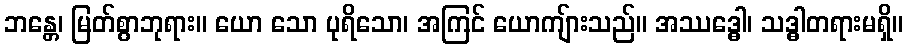
ဘန္တေ၊ မြတ်စွာဘုရား။ ယော သော ပုရိသော၊ အကြင် ယောကျ်ားသည်။ အဿဒ္ဓေါ၊ သဒ္ဓါတရားမရှိ။